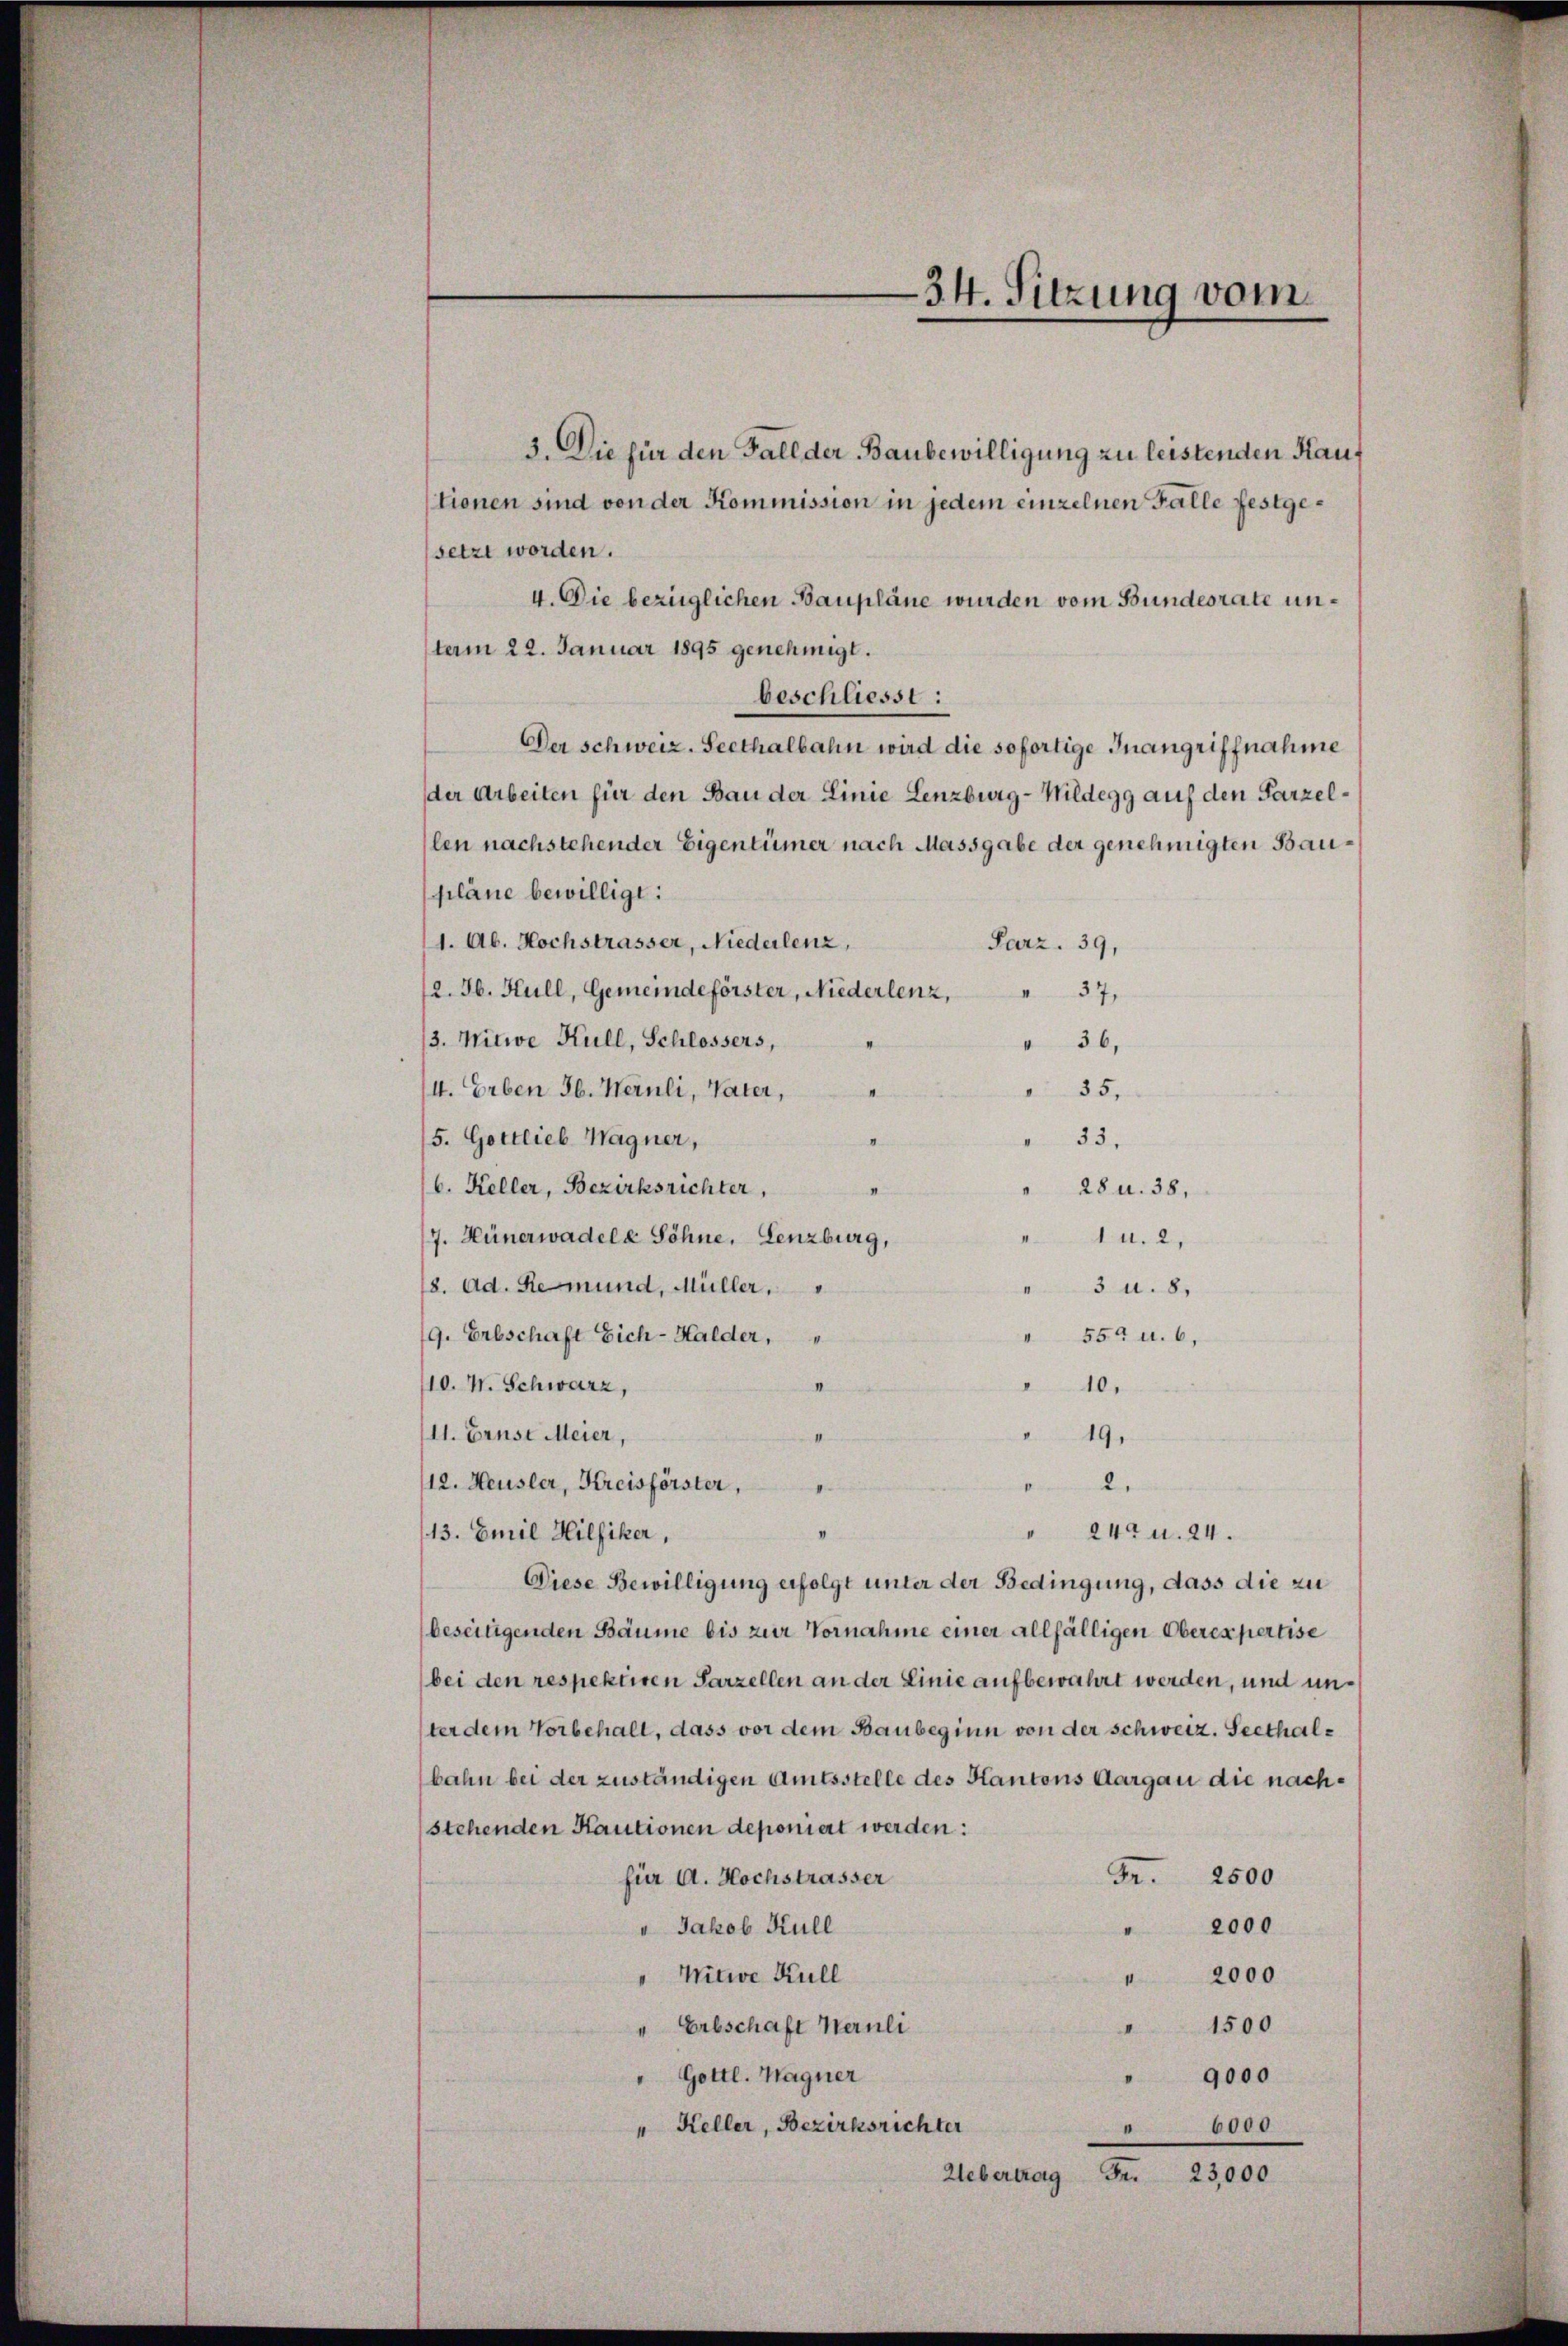
34. Sitzung vom

3. Die für den Fall der Baubewilligung zu leistenden Kau
tionen sind von der Kommission in jedem einzelnen Falle festgesetzt worden.
4. Die bezüglichen Baupläne wurden vom Bundesrate unterm 22. Januar 1895 genehmigt.
beschliesst:
Der Schweiz. Seethalbahn wird die sofortige Inangriffnahme
der Arbeiten für den Bau der Linie Lenzburg - Wildegg auf den Parzellen nachstehender Eigentümer nach Massgabe der genehmigten Baupläne bewilligt:
1. Ab. Hochstrasser, Niederlenz,
Parz. 39,
12. Jb. Hull, Gemeindeförster, Niederlenz,
 37,
3. Mitwe Kull, Schlossers,
36,
35,
I. Erben Jb. Heruli, Vater,
“
8
5. Gottlieb Wagner,
33.
6. Keller, Bezirksrichter,
d
28 u. 38,
7. Hünerwadele Söhne, Lenzburg,
1 u. 2,
18. Ad. Remund, Müller,
" 3 u. 8.
559 u. 6,
9. Erbschaft Eich-Halder,
V.
10. W. Schwarz,
10.
11. Ernst Meier,
19.
12. Heusler, Kreisförster,
2.
I
" 240 u. 24.
13. Emil Hilfiker,
Diese Bewilligung erfolgt unter der Bedingung, dass die zu
beseitigenden Bäume bis zur Vornahme einer allfälligen Oberexpertise
bei den respektiren Parzellen an der Linie aufbewahrt werden, und unster dem Vorbehalt, dass vor dem Baubeginn von der Schweiz. Seethalbahn bei der zuständigen Amtsstelle des Kantons Aargau die nachstehenden Kautionen deponiert werden:
Fr.
2500
für A. Hochstrasser
" Jakob Kull
2000
" Witwe Kull
2000
1
Erbschaft Heruli
1500
I
Gottl. Wagner
9000
" Keller, Bezirksrichter
" 6000
Uebertrag Fr. 23,000